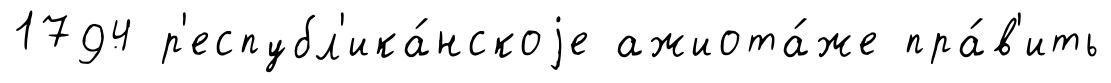
1794 р'еспубл'ика́нскоjе ажиота́же пра́в'ить